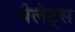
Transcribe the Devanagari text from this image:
बैलेट्स